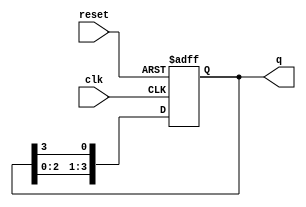
module ring_counter #(
    parameter N = 4  // Number of flip-flops (length of the ring counter)
)(
    input wire clk,      // Clock input
    input wire reset,    // Reset input (active high)
    output reg [N-1:0] q // Output representing the current state of the counter
);

// Internal signal for the next state
reg [N-1:0] next_state;

// Always block for state transition
always @(posedge clk or posedge reset) begin
    if (reset) begin
        // Initialize the counter to 100...0
        q <= 1'b1 << (N-1); // Set the highest bit to 1, others to 0
    end else begin
        // Shift the '1' to the next flip-flop
        q <= {q[N-2:0], q[N-1]}; // Shift left and wrap around
    end
end

endmodule